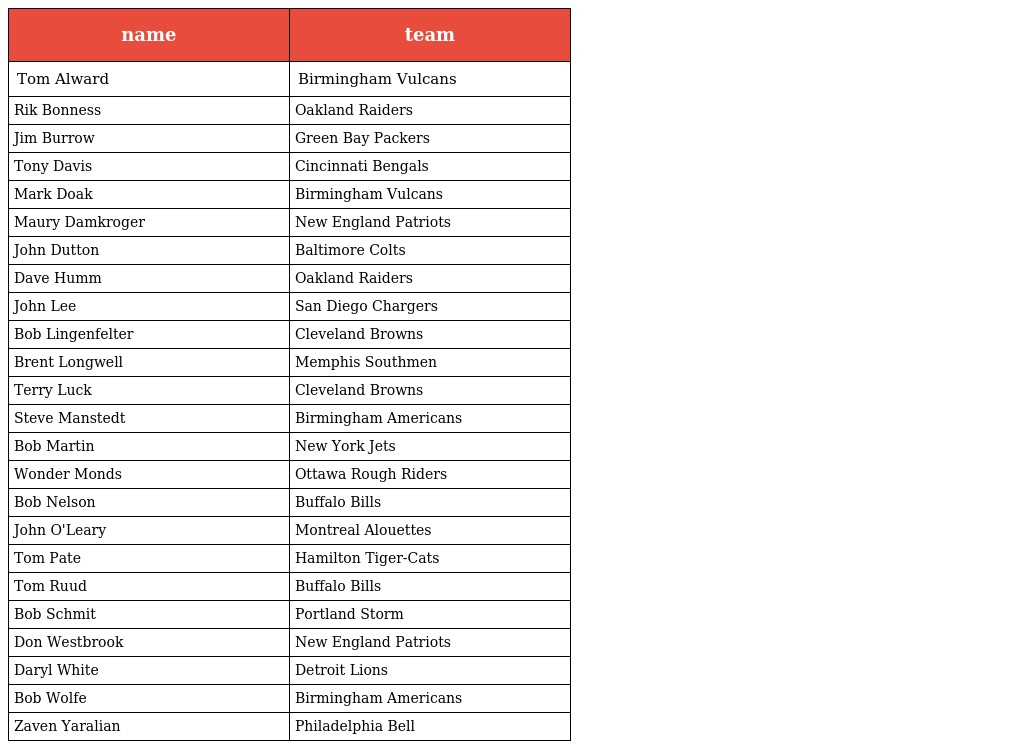
| name | team |
 | --- | --- |
 | Tom Alward | Birmingham Vulcans |
 | Rik Bonness | Oakland Raiders |
 | Jim Burrow | Green Bay Packers |
 | Tony Davis | Cincinnati Bengals |
 | Mark Doak | Birmingham Vulcans |
 | Maury Damkroger | New England Patriots |
 | John Dutton | Baltimore Colts |
 | Dave Humm | Oakland Raiders |
 | John Lee | San Diego Chargers |
 | Bob Lingenfelter | Cleveland Browns |
 | Brent Longwell | Memphis Southmen |
 | Terry Luck | Cleveland Browns |
 | Steve Manstedt | Birmingham Americans |
 | Bob Martin | New York Jets |
 | Wonder Monds | Ottawa Rough Riders |
 | Bob Nelson | Buffalo Bills |
 | John O'Leary | Montreal Alouettes |
 | Tom Pate | Hamilton Tiger-Cats |
 | Tom Ruud | Buffalo Bills |
 | Bob Schmit | Portland Storm |
 | Don Westbrook | New England Patriots |
 | Daryl White | Detroit Lions |
 | Bob Wolfe | Birmingham Americans |
 | Zaven Yaralian | Philadelphia Bell |